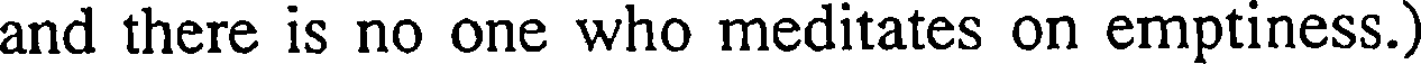
and there is no one who meditates on emptiness.)